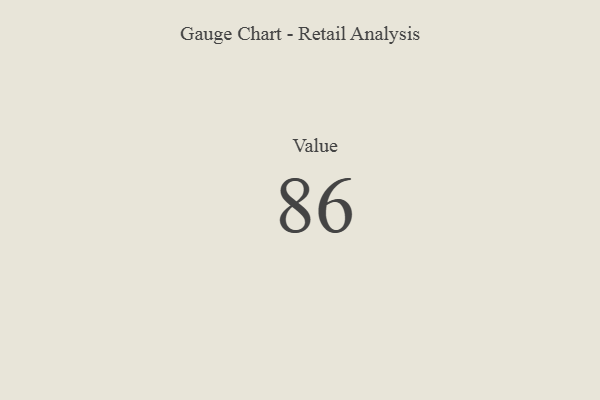
{"axis": {"x": "Metric", "y": "Value"}, "legend": [""], "data": [{"x": "Value", "y": 86, "type": ""}]}